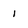
Character: 1